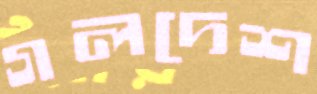
গলদেশ